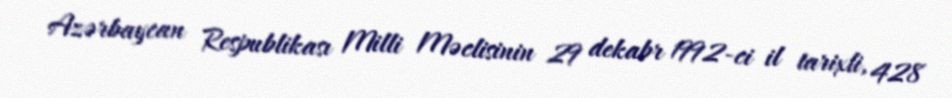
Azərbaycan Respublikası Milli Məclisinin 29 dekabr 1992-ci il tarixli, 428